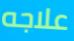
علاجه